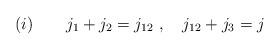
LaTeX: \begin{align*}(i)\ \ \ \ \ \ j_{1}+j_{2}=j_{12}\ ,\ \ \ j_{12}+j_{3}=j\end{align*}